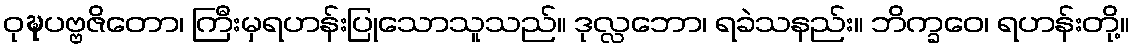
ဝုဍ္ဎပဗ္ဗဇိတော၊ ကြီးမှရဟန်းပြုသောသူသည်။ ဒုလ္လဘော၊ ရခဲသနည်း။ ဘိက္ခဝေ၊ ရဟန်းတို့။